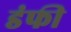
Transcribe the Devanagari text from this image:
डंफी